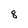
Character: 8